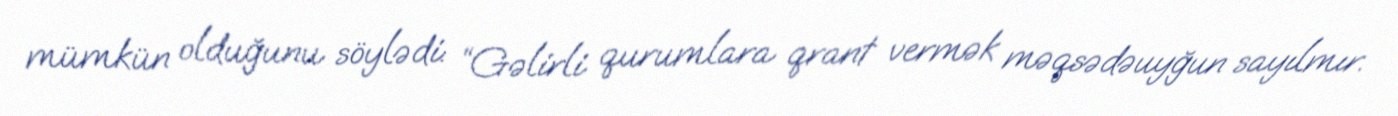
mümkün olduğunu söylədi: “Gəlirli qurumlara qrant vermək məqsədəuyğun sayılmır.